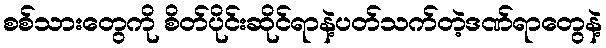
စစ်သားတွေကို စိတ်ပိုင်းဆိုင်ရာနဲ့ပတ်သက်တဲ့ဒဏ်ရာတွေနဲ့